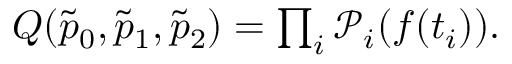
\begin{array} { r } { Q ( \tilde { p } _ { 0 } , \tilde { p } _ { 1 } , \tilde { p } _ { 2 } ) = \prod _ { i } \mathcal { P } _ { i } ( f ( t _ { i } ) ) . } \end{array}